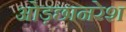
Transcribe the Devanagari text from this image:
ओड़छानरेश